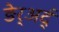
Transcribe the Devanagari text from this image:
ङेर्‍अर्द्